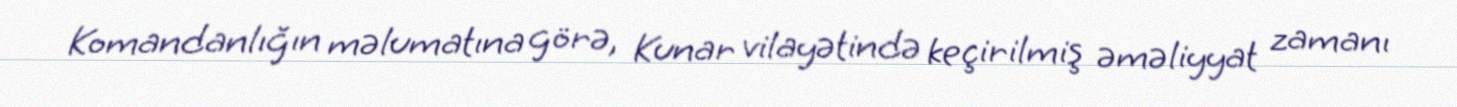
Komandanlığın məlumatına görə, Kunar vilayətində keçirilmiş əməliyyat zamanı